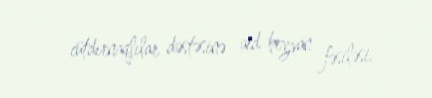
cütdırnaqlılar dəstəsinə aid heyvan fəsiləsi.